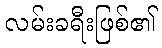
လမ်းခရီးဖြစ်၏